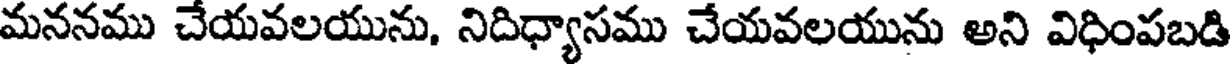
మననము చేయవలయును, నిదిధ్యాసము చేయవలయును అని విధింపబడి